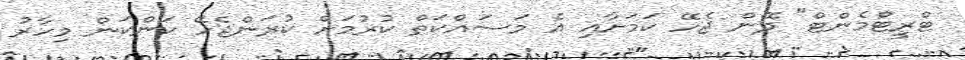
ޓްރީޓްމެންޓް" ދޭން ޖެހޭ ކަމަށާއި އެ މަސައްކަތް ކުރުމަށް ކުރަންޖެހޭ ކަންކަން މިހާރު